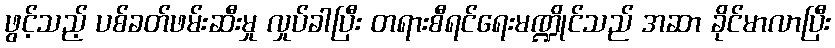
ဖွင့်သည့် ပစ်ခတ်ဖမ်းဆီးမှု လှုပ်ခါပြီး တရားစီရင်ရေးမဏ္ဍိုင်သည် အဆာ ခိုင်မာလာပြီး